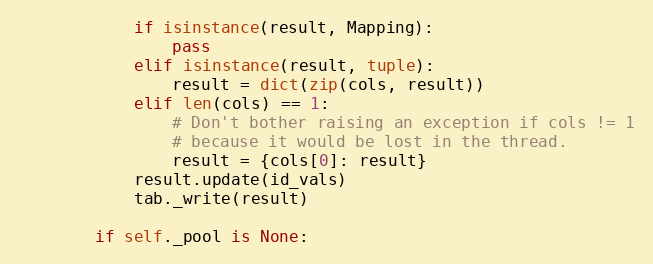
Language: Python
            if isinstance(result, Mapping):
                pass
            elif isinstance(result, tuple):
                result = dict(zip(cols, result))
            elif len(cols) == 1:
                # Don't bother raising an exception if cols != 1
                # because it would be lost in the thread.
                result = {cols[0]: result}
            result.update(id_vals)
            tab._write(result)

        if self._pool is None: